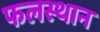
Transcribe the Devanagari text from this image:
फलस्थान